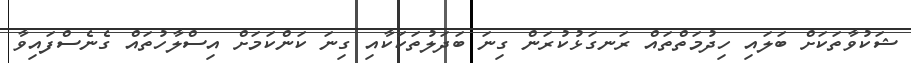
ޝަކުވާތަކަށް ބަލައި ހިދުމަތްތައް ރަނގަޅުކުރަން ގިނަ ބަދަލުތަކަކާއި ގިނަ ކަންކަމަށް އިސްލާހުތައް ގެނެސްފައިވާ